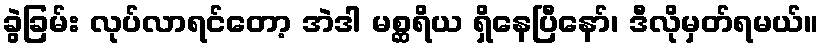
ခွဲခြမ်း လုပ်လာရင်တော့ အဲဒါ မစ္ဆရိယ ရှိနေပြီနော်၊ ဒီလိုမှတ်ရမယ်။